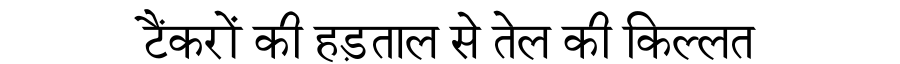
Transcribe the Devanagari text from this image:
टैंकरों की हड़ताल से तेल की किल्लत